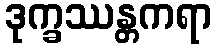
ဒုက္ခဿန္တကရာ